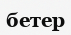
бетер